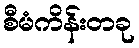
စီမံကိန်းတခု